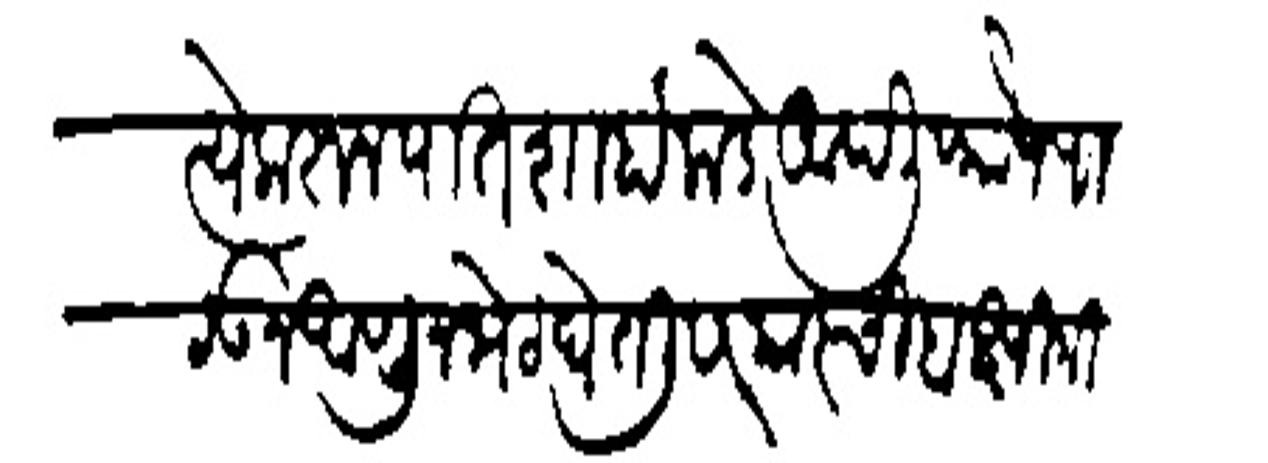
Transliteration (Devanagari): पारपरयें करून पातशाहांकडे आपली फौज पाठऊन आणून भेट घेतली सरकारची बक्षिगीरी